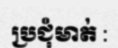
ប្រជុំមាត់ :